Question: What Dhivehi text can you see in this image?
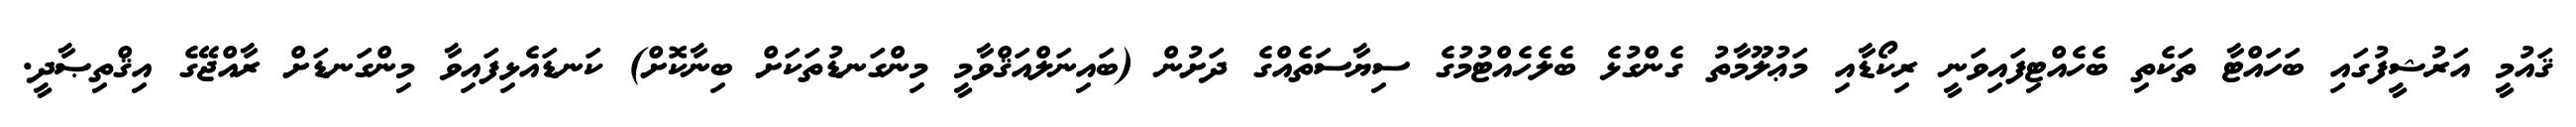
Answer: ޤައުމީ އަރުޝީފުގައި ބަހައްޓާ ތަކެތި ބެހެއްޓިފައިވަނީ ރިކޯޑާއި މަޢުލޫމާތު ގެންގުޅެ ބެލެހެއްޓުމުގެ ސިޔާސަތެއްގެ ދަށުން (ބައިނަލްއަޤްވާމީ މިންގަނޑުތަކަށް ބިނާކޮށް) ކަނޑައެޅިފައިވާ މިންގަނޑަށް ރާއްޖޭގެ އިޤްތިޞާދީ.